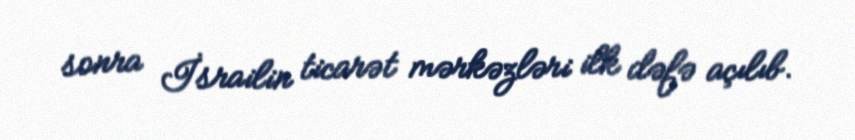
sonra İsrailin ticarət mərkəzləri ilk dəfə açılıb.